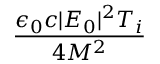
\frac { \epsilon _ { 0 } c | E _ { 0 } | ^ { 2 } T _ { i } } { 4 M ^ { 2 } }